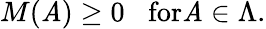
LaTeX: M(\mathit{A})\geq0\; \; \; \mathrm{{for}}\mathit{A}\in\Lambda.